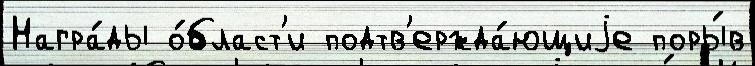
Награ́ды о́бласт'и подтв'ержда́ющиjе поры́в